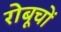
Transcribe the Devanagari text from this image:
रोबूचों